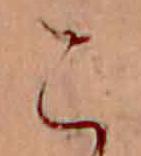
こ